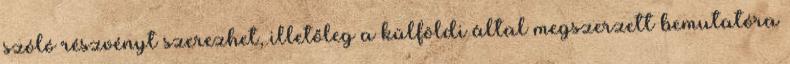
szóló részvényt szerezhet, illetőleg a külföldi által megszerzett bemutatóra